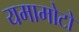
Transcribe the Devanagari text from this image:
यमामोटो